Report on sanitation, dispensaries, and jails in Rajputana for 1909, and on vaccination for the year 1909-1910 - 1909-1910
Year: 1909
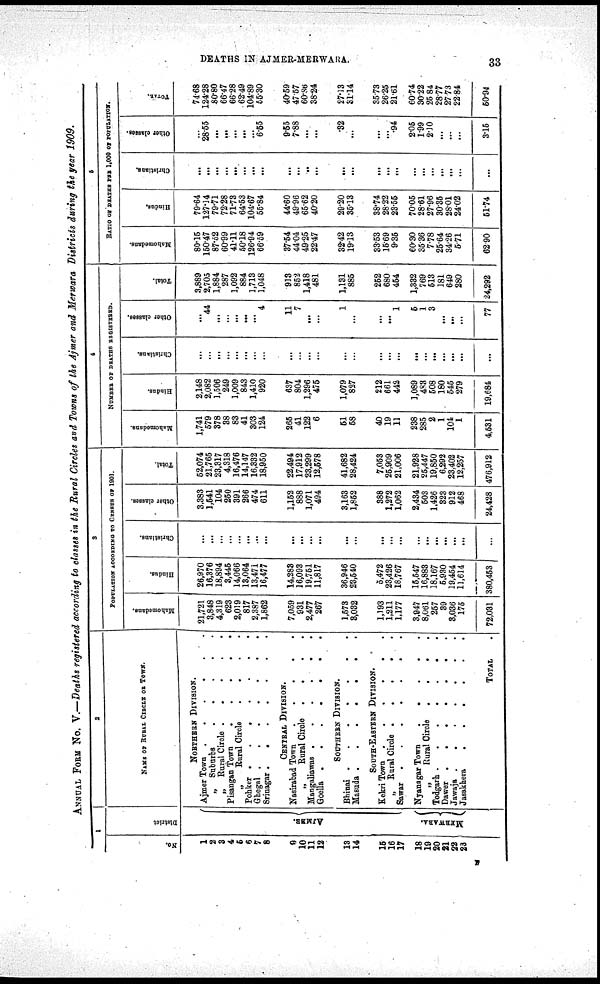
DEATHS IN AJMER-MERWARA.
33
ANNUAL FORM No. V.—Deaths registered according to classes in the Rural Circles and Towns of the Ajmer and Merwara Districts during the year 1909.
1
No.
1
2
3
4
5
6
7
8
9
10
11
12
13
14
15
16
17
18
19
20
21
22
23
District
AJMER.
MERWARA.
2
NAME OF RURAL CIRCLE OR TOWN.
NORTHERN DIVISION.
Ajmer Town .
.
.
.
. .
„ Suburbs
.
.
.
.
.
„ Rural Circle . . . . .
Pisangan Town
.
.
. . .
„
Rural Circle
.
.
.
.
Pohker .
.
.
.
.
.
.
Ghegal .
.
.
.
.
.
.
Srinagar .
.
.
.
.
.
.
CENTRAL DIVISION.
Nasirabad Town
.
.
.
.
.
„
Rural Circle .
.
.
.
Mangaliawas .
.
.
.
.
.
Goella .
.
. . . . .
SOUTHERN DIVISION.
Bhinai .
.
.
.
.
.
.
Masuda .
.
.
.
.
.
.
SOUTH-EASTERN DIVISION.
Kekri Town .
.
.
.
.
.
„ Rural Circle .
.
.
.
.
Sawar .
.
.
.
.
.
.
Nyanagar Town
.
.
.
.
„
Rural Circle
.
.
.
.
Todgarh .
.
.
.
.
.
.
Dawer .
.
.
.
.
.
.
Jawaja .
.
.
.
.
.
.
Jasakhera
.
.
.
.
.
.
TOTAL
3
POPULATION ACCORDING TO CENSUS OF 1901.
Mahomedans.
21,721
3,848
4,319
623
2,019
817
2,387
1,862
7,059
931
2,477
267
1,573
3,032
1,193
1,211
1,177
3,947
8,061
257
39
3,036
175
72,031
Hindus.
26,970
16,376
18,894
3,445
14,066
13,064
13,471
16,477
14,283
16,093
19,751
11,817
36,946
23,540
5,472
23,426
18,767
15,547
16,883
18,167
5,930
19,454
11,614
380,453
Christians.
...
...
...
...
...
...
...
...
...
...
...
...
...
...
...
...
...
...
...
...
...
...
...
...
Other classes.
3,383
1,541
104
250
391
266
474
611
1,152
888
1,071
494
3,163
1,852
388
1,272
1,062
2,434
503
1,426
323
912
468
24,428
Total.
52,074
21,765
23,317
4,318
16,476
14,147
16,332
18,950
22,494
17,912
23,299
12,578
41,682
28,424
7,053
25,909
21,006
21,928
25,447
19,850
6,292
23,402
12,257
476,912
4
NUMBER OF DEATHS REGISTERED.
Mahomedans.
1,741
579
378
38
83
41
303
124
265
41
122
6
51
58
40
19
11
238
285
2
1
104
1
4,531
Hindus.
2,148
2,082
1,506
249
1,009
843
1,410
920
637
804
1,296
475
1,079
827
212
661
442
1,089
483
508
180
545
279
19,684
Christians.
...
...
...
...
...
...
...
...
...
...
...
...
...
...
...
...
...
...
...
...
...
...
...
...
Other classes.
...
44
...
...
...
...
...
4
11
7
...
...
1
...
...
...
1
5
1
3
...
...
...
77
Total.
3,889
2,705
1,884
287
1,092
884
1,713
1,048
913
852
1,418
481
1,131
885
252
680
454
1,332
769
513
181
649
280
24,292
5
RATIO OF DEATHS PER 1,000 OF POPULATION.
Mahomedans.
80.15
150.47
87.52
60.99
41.11
50.18
126.94
66.59
37.54
44.04
49.25
22.47
32.42
19.13
33.53
15.69
9.35
60.30
35.36
7.78
25.64
34.26
5.71
62.90
Hindus.
79.64
127.14
79.71
72.28
71.73
64.53
104.67
55.84
44.60
49.96
65.62
40.20
29.20
35.13
38.74
28.22
23.55
70.05
28.61
27.96
30.35
28.01
24.02
51.74
Christians.
...
...
...
...
...
...
...
...
...
...
...
...
...
...
...
...
...
...
...
...
...
...
...
...
Other classes.
...
28.65
...
...
...
...
...
6.55
9.55
7.88
...
...
.32
...
...
...
.94
2.05
1.99
2.10
...
...
...
3.15
TOTAL.
74.68
124.28
80.80
66.47
66.28
62.49
104.89
55.30
40.59
47.57
60.86
38.24
27.13
31.14
35.73
26.25
21.61
60.74
30.22
25.84
28.77
27.73
22.84
50.94